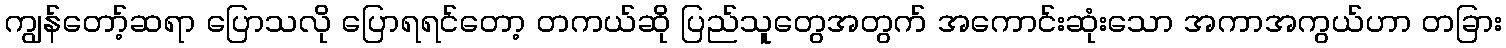
ကျွန်တော့်ဆရာ ပြောသလို ပြောရရင်တော့ တကယ်ဆို ပြည်သူတွေအတွက် အကောင်းဆုံးသော အကာအကွယ်ဟာ တခြား